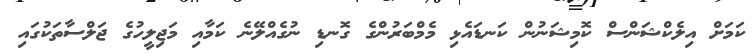
ކަމަށް އިލެކްޝަންސް ކޮމިޝަނުން ކަނޑައެޅި މެމްބަރުންގެ ގޮނޑި ނުގެއްލޭނެ ކަމާއި މަޖިލީހުގެ ޖަލްސާތަކުގައި